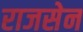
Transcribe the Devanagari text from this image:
राजसेन